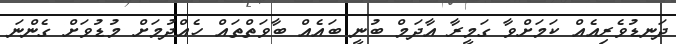
ދަނޑުވެރިއެއް ކަމަށްވާ ގަމީރާ އާދަމް ބުނީ ބައެއް ބާވަތްތައް ހެއްދުމަށް މުޑުވަށް ގެންނަ